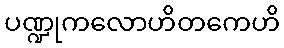
ပဏ္ဍုကလောဟိတကေဟိ